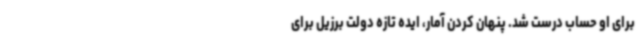
برای او حساب درست شد. پنهان کردن آمار، ایده تازه دولت برزیل برای